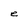
Character: e